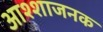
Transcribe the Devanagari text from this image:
आश्शाजनक